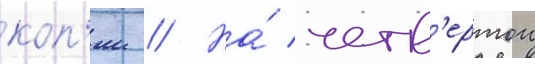
коп'ии // На́ четв'ертои